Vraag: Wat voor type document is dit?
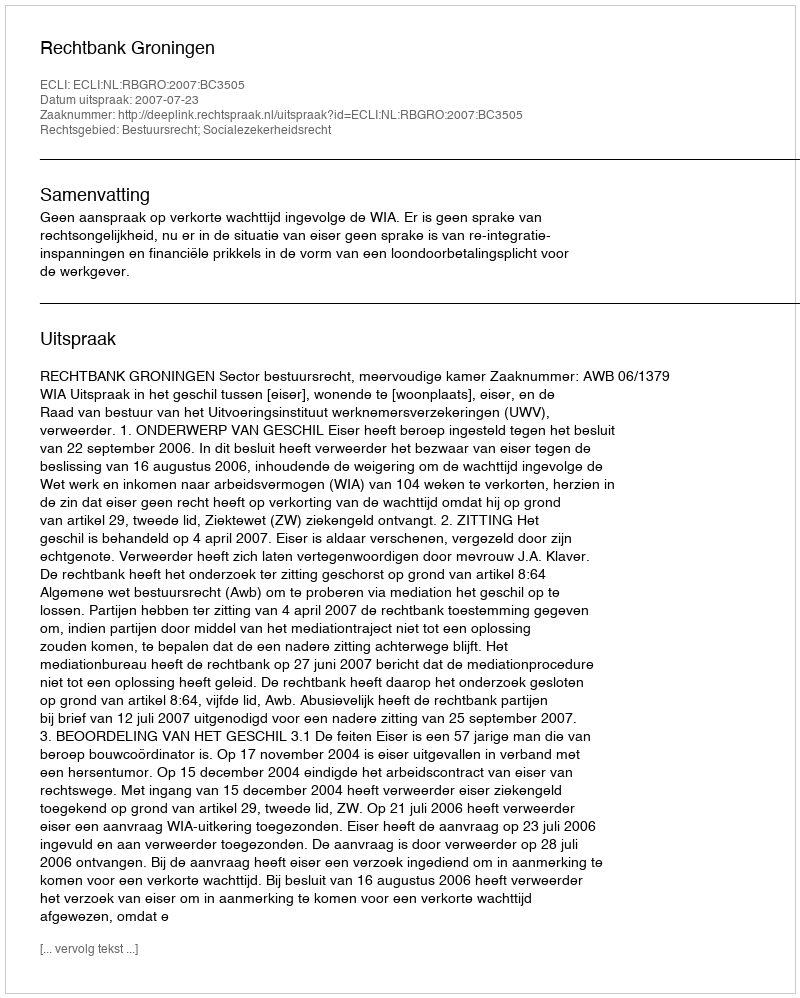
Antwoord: Uitspraak